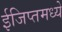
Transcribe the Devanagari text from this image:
ईजिप्तमध्ये